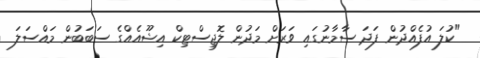
"ކުލަ އުފެއްދުން ފަދަ ސާމާނުގައި ވަރަށް މަދުން ލޮޖިސްޓިކް އިޝޫއެއްގެ ސަބަބުން މައްސަލަ